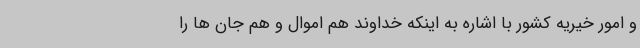
و امور خیریه کشور با اشاره به اینکه خداوند هم اموال و هم جان ها را